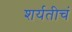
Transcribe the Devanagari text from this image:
शर्यतीचं